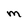
Character: M